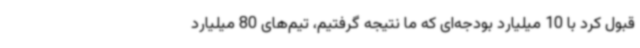
قبول کرد با 10 میلیارد بودجه‌ای که ما نتیجه گرفتیم، تیم‌های 80 میلیارد